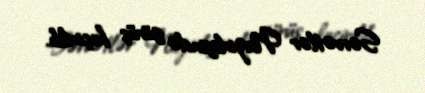
Sərvətlər Nazirliyində görüş keçirilib.